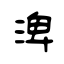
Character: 渒